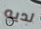
لديه